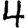
Digit: 4